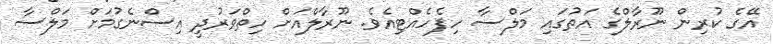
އޭގެ ކުރިން ނޫރާލްގެ އަތުގައި މަލްސާ ހިފެހެއްޓިއެވެ. ނޫރާލްއަށް ހިތްވަރުދީ އިސްނެގުމަށް މަލްސާ